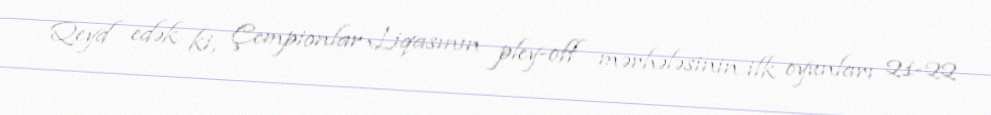
Qeyd edək ki, Çempionlar Liqasının pley-off mərhələsinin ilk oyunları 21-22